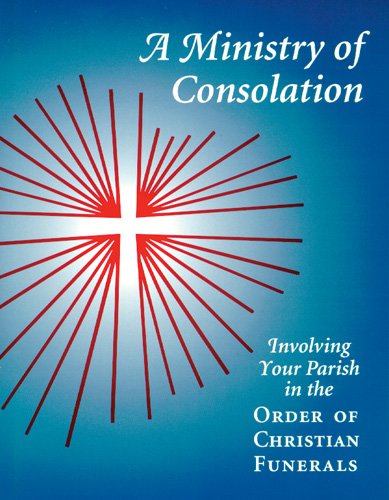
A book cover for A Ministry of Consolation: Involving Your Parish in the Order of Christian Funerals (Ministry Series); Mary Alice Piil CSJ; Christian Books & Bibles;